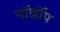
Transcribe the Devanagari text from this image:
नॉर्थ्रोप